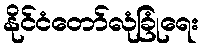
နိုင်ငံတော်လုံခြုံရေး